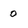
Character: 0